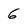
Character: 6